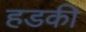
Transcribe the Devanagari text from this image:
हडकी